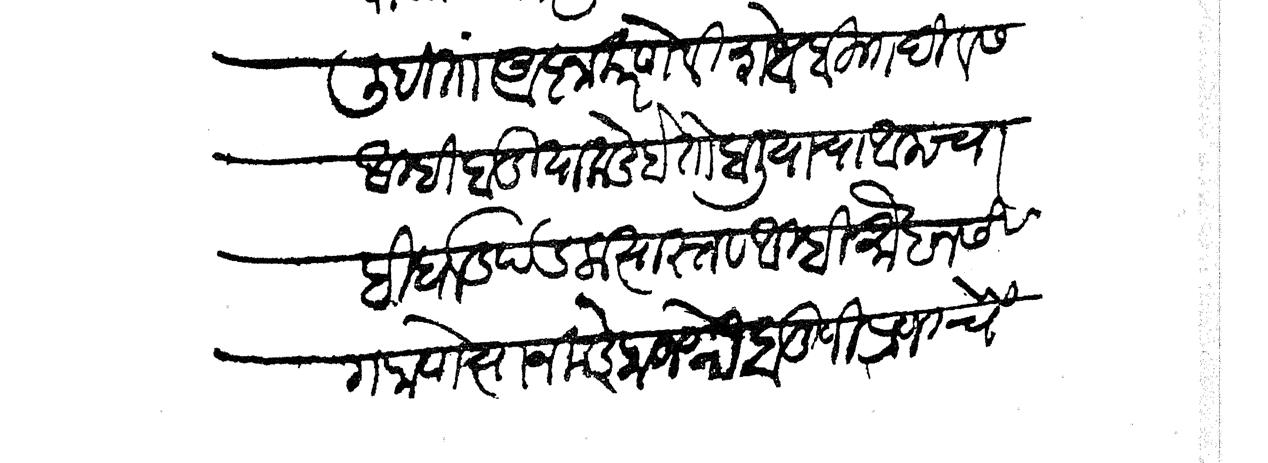
Transliteration (Devanagari): लिहितां आज्ञा करणे विशेश बहुत दिवस आम्ही बाडियाकडे होतो हाली याचा आमचा बिधाड पडला त्यास्तव आम्ही मोहन सिग राणे त्याजकडे राजश्री बापूजी प्रभूचें